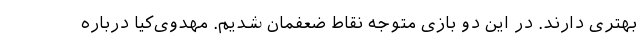
بهتری دارند. در این دو بازی متوجه نقاط ضعفمان شدیم. مهدوی‌کیا درباره